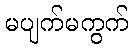
မပျက်မကွက်